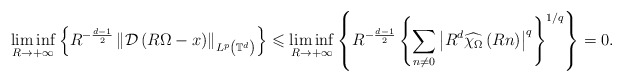
\begin{align*}& \liminf_{R\rightarrow+\infty}\left\{ R^{-\frac{d-1}{2}}\left\Vert\mathcal{D}\left( R\Omega-x\right) \right\Vert _{L^{p}\left( \mathbb{T}^{d}\right) }\right\} \leqslant\liminf_{R\rightarrow+\infty}\left\{ R^{-\frac{d-1}{2}}\left\{\sum_{n\neq0}\left\vert R^{d}\widehat{\chi_{\Omega}}\left( Rn\right)\right\vert ^{q}\right\} ^{1/q}\right\} =0.\end{align*}